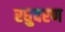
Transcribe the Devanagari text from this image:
रघुवरण